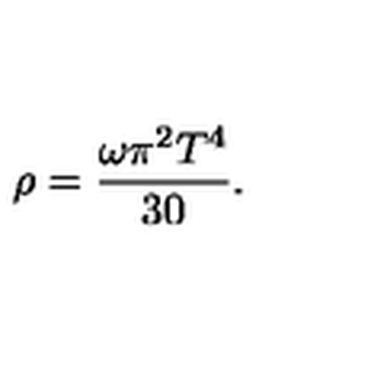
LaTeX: \rho = \frac { \omega \pi ^ { 2 } T ^ { 4 } } { 3 0 } .